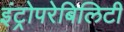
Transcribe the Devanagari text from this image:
इंट्रोपरेबिलिटी